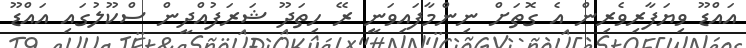
އައްޑޫ ވިޔަފާރިވެރިން އެ ގޮތަށް ނިިންމާފައިވަނީ ރޭ ހިތަދޫ ޝަރަފުއްދީން ސްކޫލުގައި އައްޑޫ